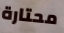
محتارة